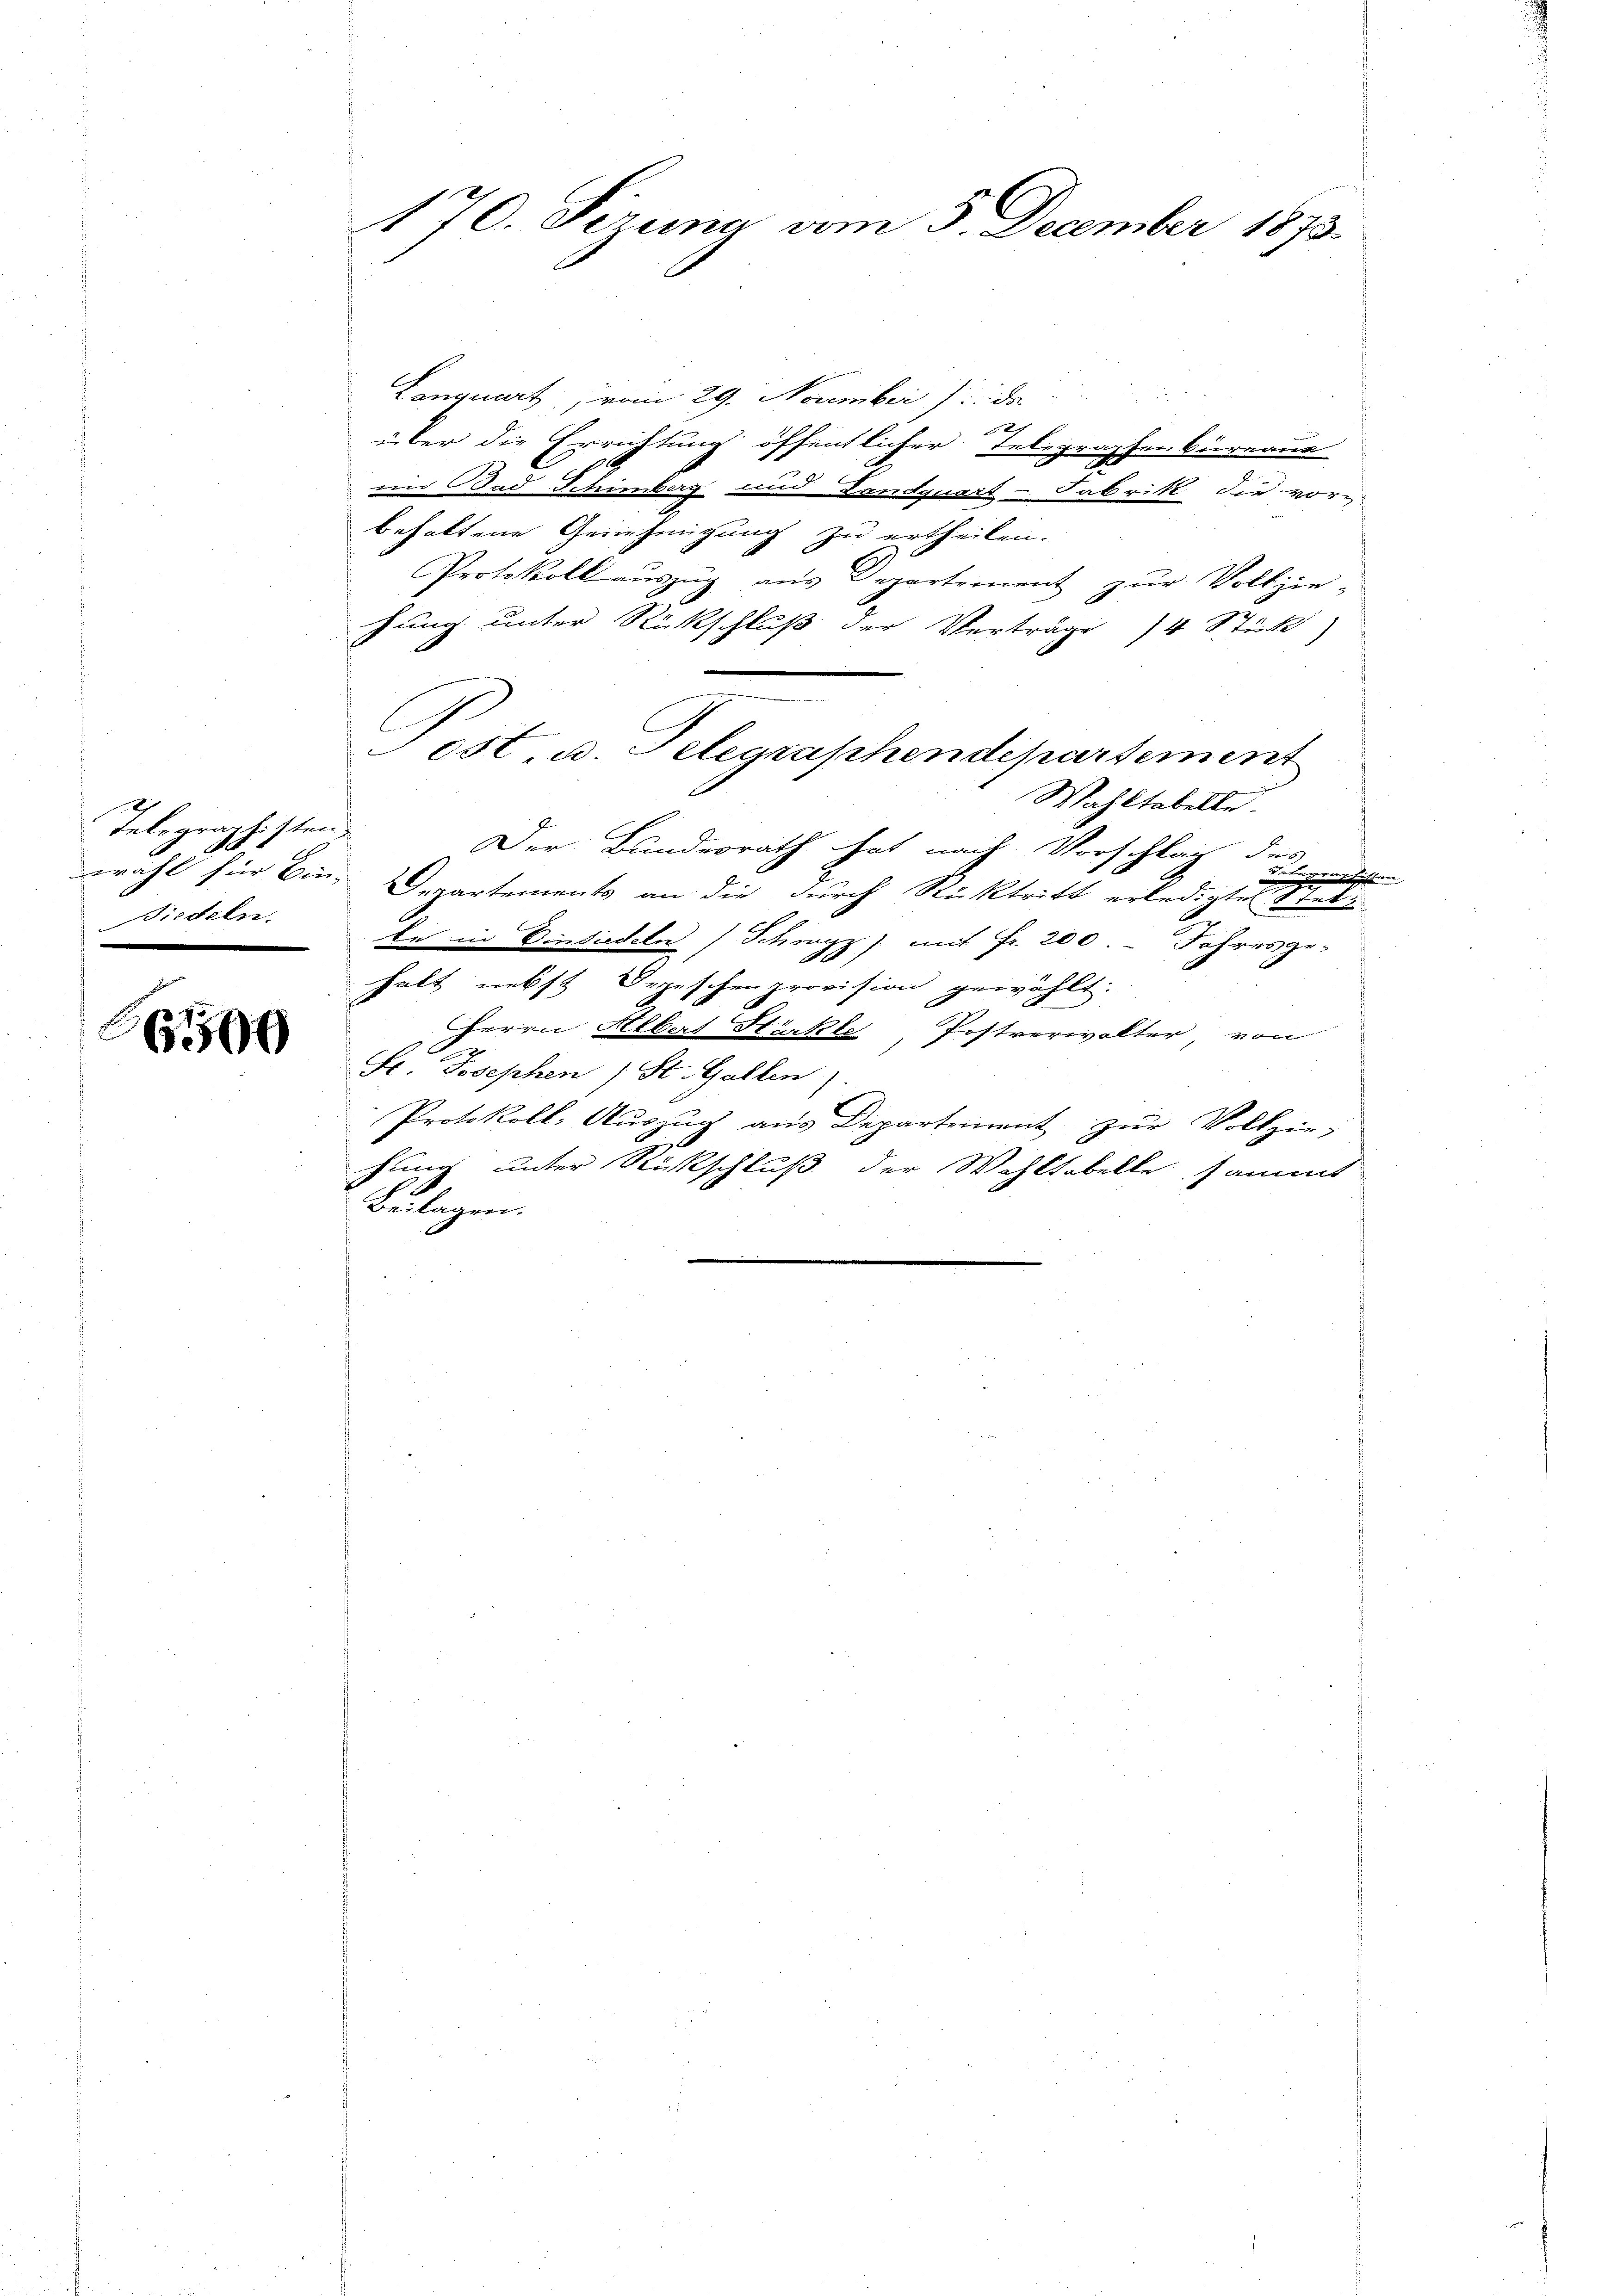
Telegraphisten
S
Biedeln.

199

170. Sirung vom 3. December 1873.

Lanquart vom 29. November de
über die Errichtung öffentlicher Telegraphenbüreaus
ind ad Schimberg und Landquart - Fabrikt die vorbehaltene Genehmigung zu ertheilen.
Protokoll auszug aus Departement zur Vollziefung unter Rückschluß der Verträge 14 Stück)
Wahltabelle.
Der Bundesrath hat nach Vorschlag des
Belegenschaften
wahl für Bin-Departements an die durch Rücktritt erledigten Stelle in Einsiedeln Schwyz mit Fr. 200. - Jahres ge-
halt nebst Oezischenprovision gewählt.
B
Herrn Albert Stärkte, Postverwalter, von
Fr. Josephen 1 St. Gallen).
Protokoll: Auszug aus Departement zur Vollzie-
hung unter Rückschluß der Wohltobelle, sammt
Bulagen.

Fest u. Telegraphendepartement